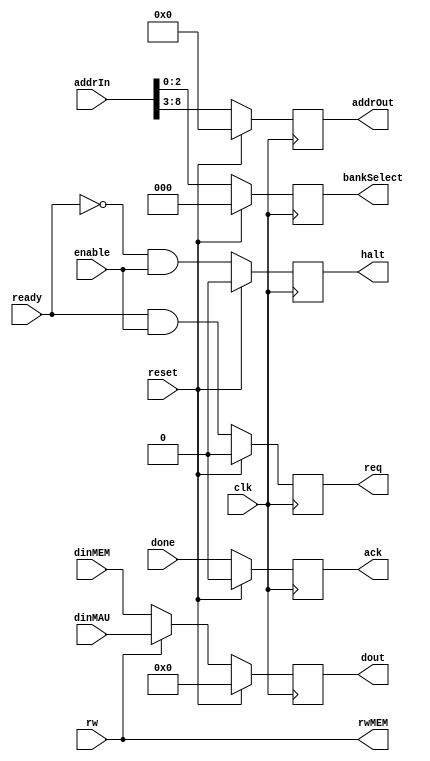
module mcn(dout,addrOut,bankSelect,req,ack,halt,rwMEM,dinMAU,dinMEM,addrIn,rw,enable,ready,done,clk,reset);
output reg [31:0]dout;
output reg [5:0]addrOut;
output reg [2:0]bankSelect;
output reg req,ack,halt;
output rwMEM;
input [31:0]dinMAU,dinMEM;
input [8:0]addrIn;
input rw,enable,ready,done,clk,reset;

assign rwMEM=rw;

always @(negedge clk)
begin
if(reset) 
begin 
dout<=32'd0;
addrOut<=6'd0;
bankSelect<=3'd0;
req<=1'd0; 
halt<=1'd0;
ack<=1'd0; 
end
else
begin
ack=done;
dout=rw?dinMAU:dinMEM;
addrOut=addrIn[8:3];
bankSelect=addrIn[2:0];
req=ready&enable;
halt=~ready&enable;
end
end
endmodule